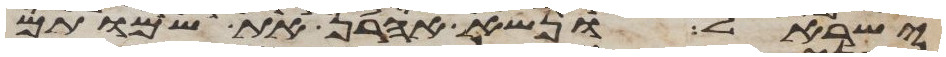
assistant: ישראל ונשא אהרן את שמותם